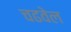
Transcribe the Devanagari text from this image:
चढवेल